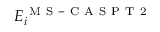
E _ { i } ^ { \mathrm { ~ M ~ S ~ - ~ C ~ A ~ S ~ P ~ T ~ 2 ~ } }